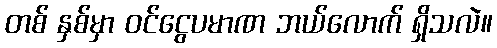
တစ် နှစ်မှာ ဝင်ငွေပမာဏ ဘယ်လောက် ရှိသလဲ။